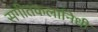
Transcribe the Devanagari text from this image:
संगीतकलानिधी